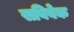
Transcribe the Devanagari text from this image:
सविवेक